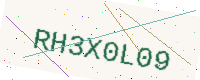
Text: RH3X0L09